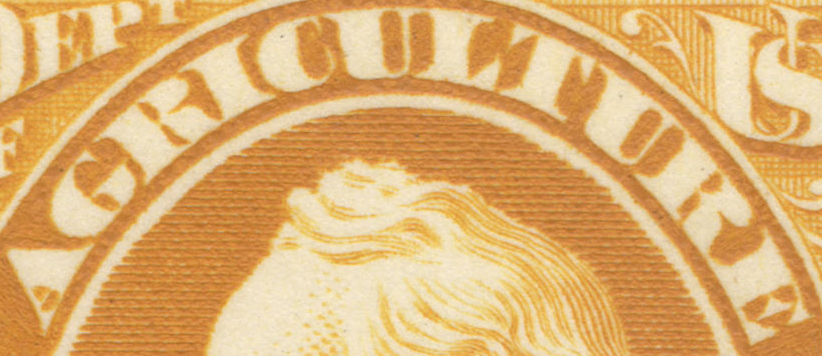
AGRICULTURE